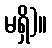
မရှိ)။